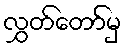
လွှတ်တော်မှ